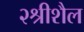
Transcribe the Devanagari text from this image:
२श्रीशैल